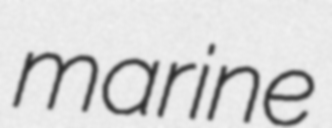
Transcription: marine